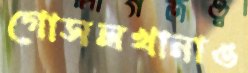
গোসলখানাও